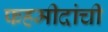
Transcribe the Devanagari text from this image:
फहमीदांची